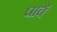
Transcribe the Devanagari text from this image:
पावैं